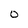
Character: 0